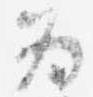
為